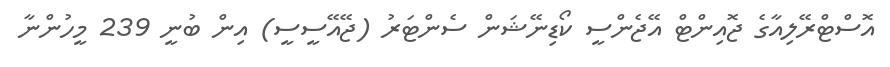
އޮސްޓްރޭލިއާގެ ޖޮއިންޓް އޭޖެންސީ ކޯޑިނޭޝަން ސެންޓަރު (ޖޭއޭސީސީ) އިން ބުނީ 239 މީހުންނާ